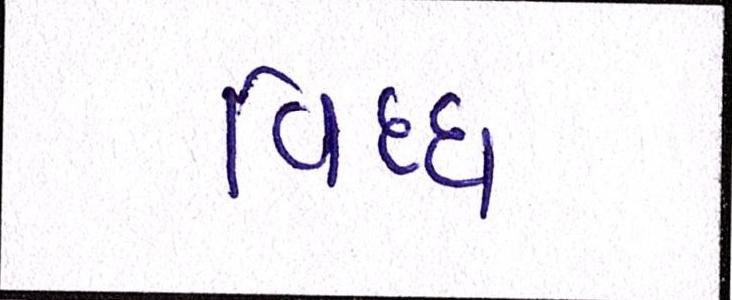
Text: વિઘ્ધ